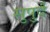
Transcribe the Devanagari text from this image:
सुपुर्दे